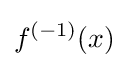
f^{(-1)}(x)